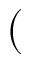
(